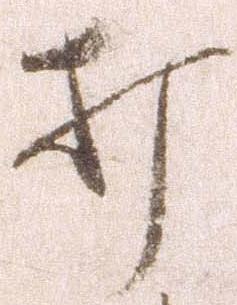
打